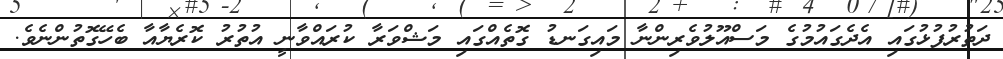
ދަތުރުފުޅުގައި އެދެގައުމުގެ މަސްއޫލުވެރިންނާ މައިގަނޑު ގޮތެއްގައި މަޝްވަރާ ކުރައްވާނީ އުތުރު ކޮރެޔާއާ ބެހޭގޮތުންނެވެ.